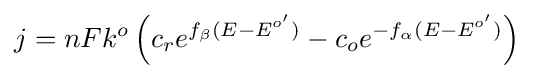
j=nFk^{o}\left(c_{r}e^{f_{\beta }(E-E^{o'})}-c_{o}e^{-f_{\alpha }(E-E^{o'})}\right)